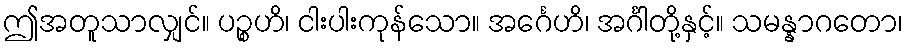
ဤအတူသာလျှင်။ ပဉ္စဟိ၊ ငါးပါးကုန်သော။ အင်္ဂေဟိ၊ အင်္ဂါတို့နှင့်။ သမန္နာဂတော၊